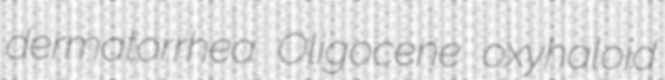
dermatorrhea Oligocene oxyhaloid